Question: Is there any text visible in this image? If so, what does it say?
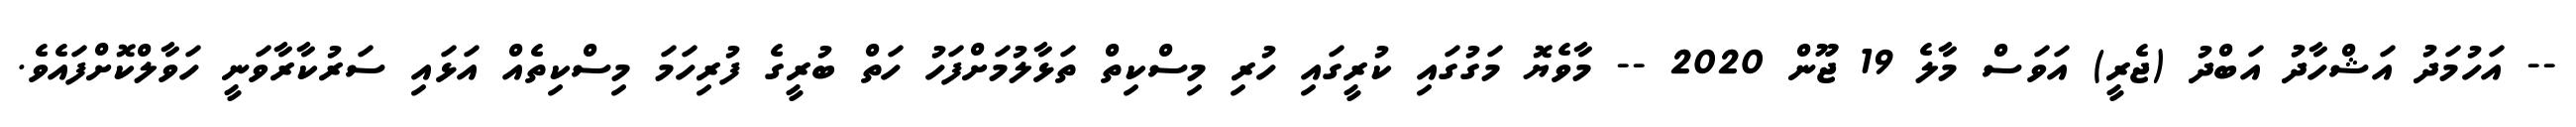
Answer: -- އަހުމަދު އަޝްހާދު އަބްދު (ޖެރީ) އަވަސް މާލެ 19 ޖޫން 2020 -- މާވެޔޮ މަގުގައި ކުރީގައި ހުރި މިސްކިތް ތަޅާލުމަށްފަހު ހަތް ބުރީގެ ފުރިހަމަ މިސްކިތެއް އަޅައި ސަރުކާރާވަނީ ހަވާލްކޮށްފައެވެ.